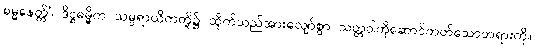
ဓမ္မနေတ္တိံ၊ ဒိဋ္ဌဓမ္မိက သမ္ပရာယိကတို့၌ ထိုက်သည်အားလျော်စွာ သတ္တဝါကိုဆောင်တတ်သောတရားကို။